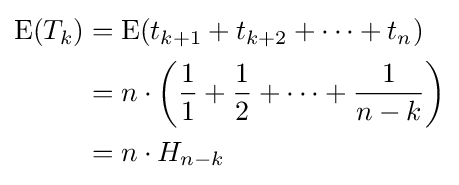
{\begin{aligned}\operatorname {E} (T_{k})&{}=\operatorname {E} (t_{k+1}+t_{k+2}+\cdots +t_{n})\\&{}=n\cdot \left({\frac {1}{1}}+{\frac {1}{2}}+\cdots +{\frac {1}{n-k}}\right)\\&{}=n\cdot H_{n-k}\end{aligned}}